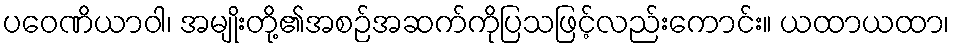
ပဝေဏိယာဝါ၊ အမျိုးတို့၏အစဉ်အဆက်ကိုပြသဖြင့်လည်းကောင်း။ ယထာယထာ၊